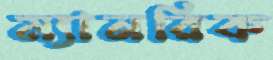
ম্যানরিক